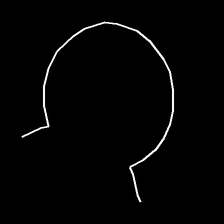
Glyph: weave